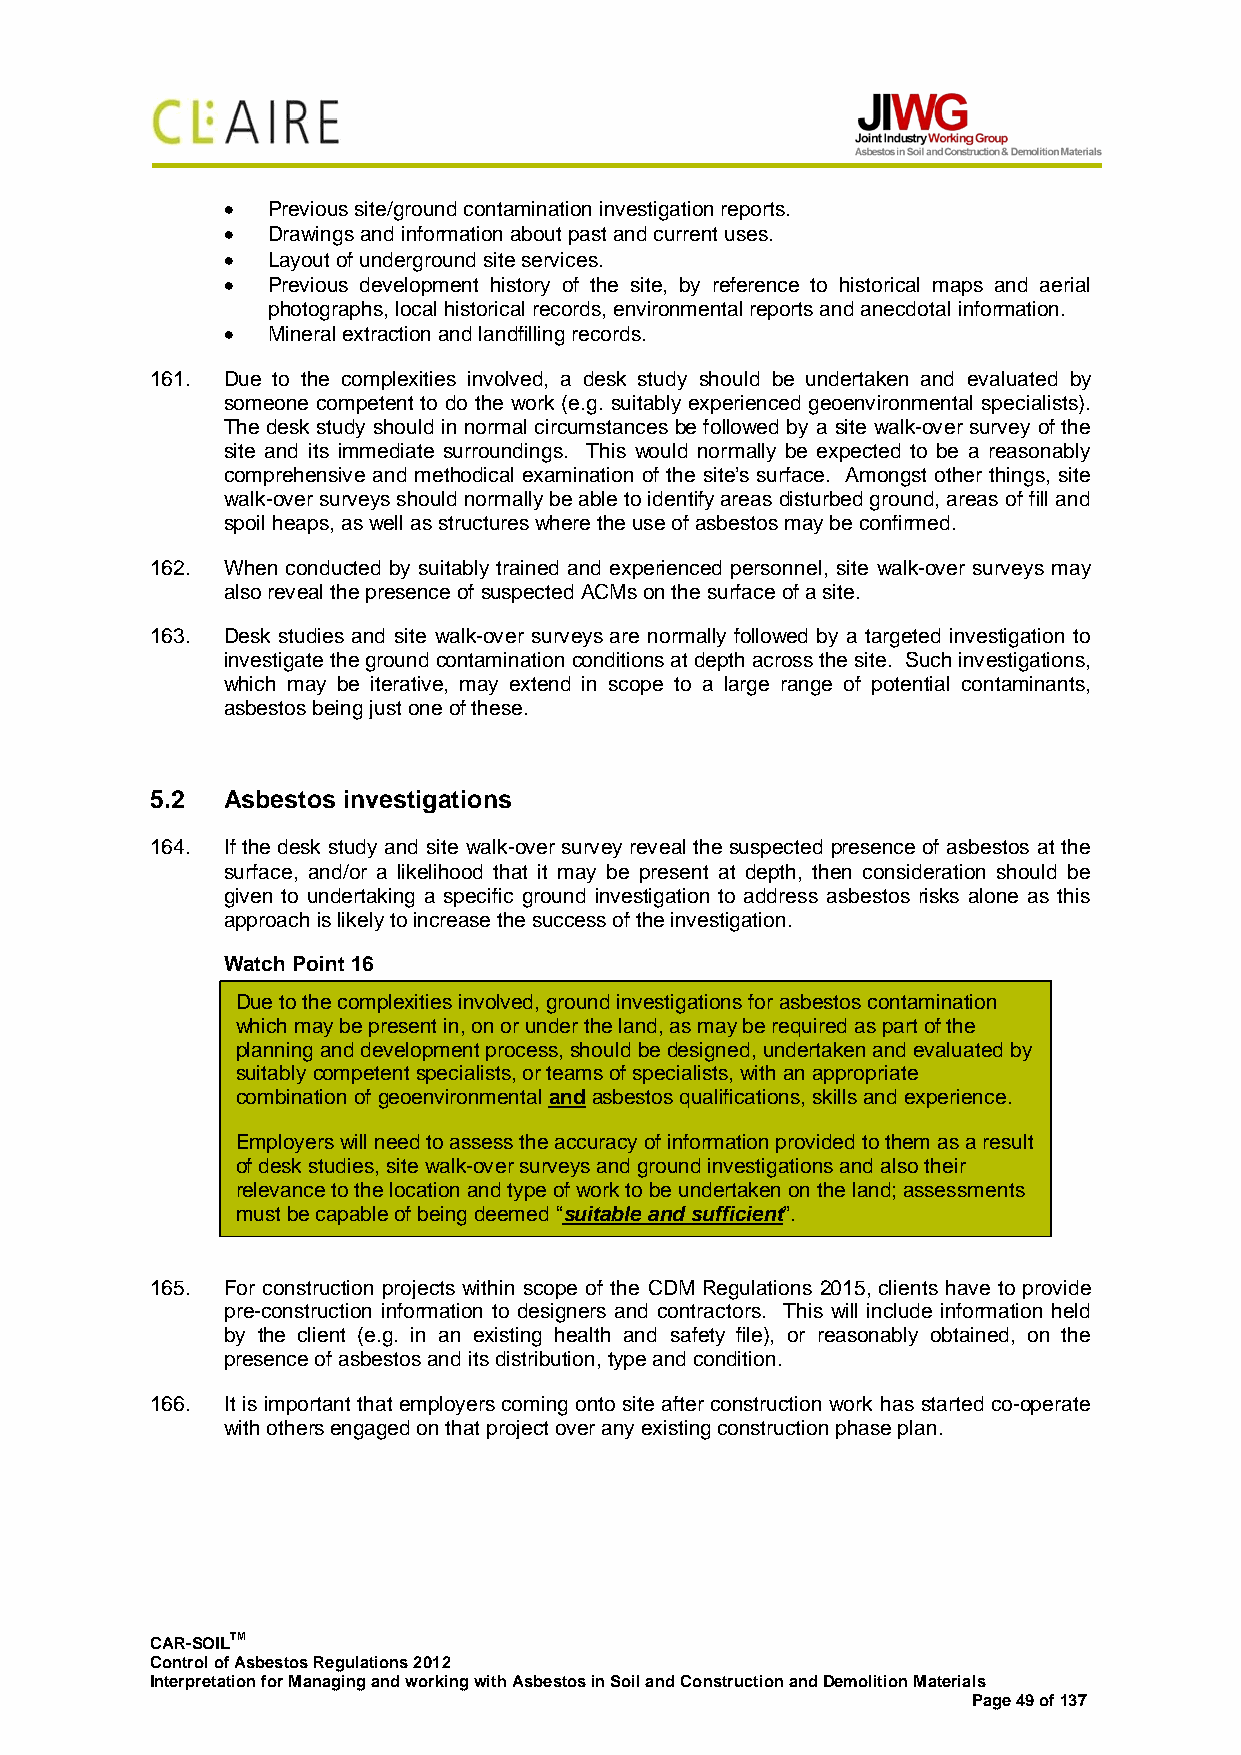
•  Previous site/ground contamination investigation reports.
 •  Drawings and information about past and current uses.
 •  Layout of underground site services.
 •  Previous development history of the site, by reference to historical maps and aerial
 photographs, local historical records, environmental reports and anecdotal information.
 •  Mineral extraction and landfilling records.
 161. Due to the complexities involved, a desk study should be undertaken and evaluated by
 someone competent to do the work (e.g. suitably experienced geoenvironmental specialists).
 The desk study should in normal circumstances be followed by a site walk-over survey of the
 site and its immediate surroundings. This would normally be expected to be a reasonably
 comprehensive and methodical examination of the site’s surface. Amongst other things, site
 walk-over surveys should normally be able to identify areas disturbed ground, areas of fill and
 spoil heaps, as well as structures where the use of asbestos may be confirmed.
 162. When conducted by suitably trained and experienced personnel, site walk-over surveys may
 also reveal the presence of suspected ACMs on the surface of a site.
 163. Desk studies and site walk-over surveys are normally followed by a targeted investigation to
 investigate the ground contamination conditions at depth across the site. Such investigations,
 which may be iterative, may extend in scope to a large range of potential contaminants,
 asbestos being just one of these.
 5.2  Asbestos investigations
 164. If the desk study and site walk-over survey reveal the suspected presence of asbestos at the
 surface, and/or a likelihood that it may be present at depth, then consideration should be
 given to undertaking a specific ground investigation to address asbestos risks alone as this
 approach is likely to increase the success of the investigation.
 Watch Point 16
 Due to the complexities involved, ground investigations for asbestos contamination
 which may be present in, on or under the land, as may be required as part of the
 planning and development process, should be designed, undertaken and evaluated by
 suitably competent specialists, or teams of specialists, with an appropriate
 combination of geoenvironmental and asbestos qualifications, skills and experience.
 Employers will need to assess the accuracy of information provided to them as a result
 of desk studies, site walk-over surveys and ground investigations and also their
 relevance to the location and type of work to be undertaken on the land; assessments
 must be capable of being deemed “suitable and sufficient”.
 165. For construction projects within scope of the CDM Regulations 2015, clients have to provide
 pre-construction information to designers and contractors. This will include information held
 by the client (e.g. in an existing health and safety file), or reasonably obtained, on the
 presence of asbestos and its distribution, type and condition.
 166. It is important that employers coming onto site after construction work has started co-operate
 with others engaged on that project over any existing construction phase plan.
 CAR-SOILTM
 Control of Asbestos Regulations 2012
 Interpretation for Managing and working with Asbestos in Soil and Construction and Demolition Materials
 Page 49 of 137